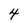
Character: 4